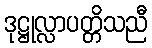
ဒုဋ္ဌုလ္လာပတ္တိသညီ